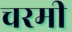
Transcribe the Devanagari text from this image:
चरमी